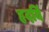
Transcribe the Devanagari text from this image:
हृदयिं